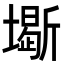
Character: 𡒧